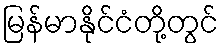
မြန်မာနိုင်ငံတို့တွင်